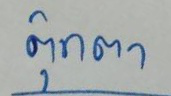
ตุ๊กตา